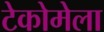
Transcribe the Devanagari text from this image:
टेकोमेला